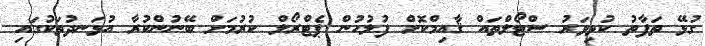
ގުޅޭ ތަފާތު ކުޅިވަރު ސްޓޯލްތައް ޤާއިމްކޮށް ފުލުހުން ޕެޓްރޯލް ކުރުމަށް ބޭނުންކުރާ އުޅަނދުތަކުގައި